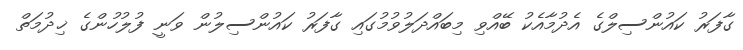
ގާފަރު ކައުންސިލްގެ އެދުމާއެކު ބޭއްވި މިބައްދަލުވުމުގައި ގާފަރު ކައުންސިލުން ވަނީ ފުލުހުންގެ ޚިދުމަތް